Senior Leaving Certificate Examination (including Day School Certificate (Higher) General paper), 1947
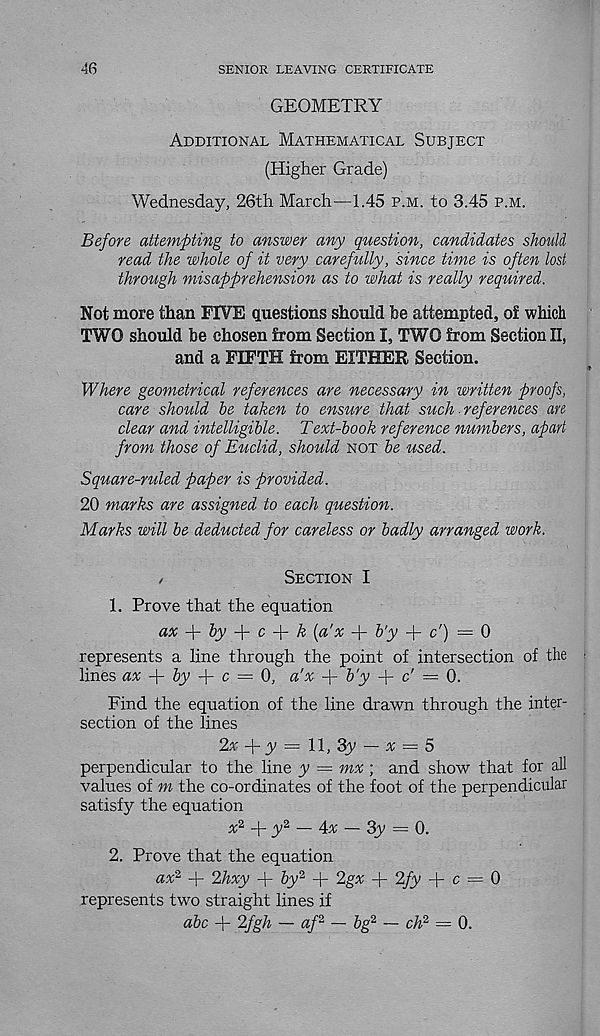
46
SENIOR LEAVING CERTIFICATE
GEOMETRY
Additional Mathematical Subject
(Higher Grade)
Wednesday, 26th March—1.45 p.m. to 3.45 p.m.
Before attempting to answer any question, candidates should
read the whole of it very carefully, since time is often lost
through misapprehension as to what is really required.
Not more than FIVE questions should be attempted, of which
TWO should be chosen from Section I, TWO from Section II,
and a FIFTH from EITHER Section.
Where geometrical references are necessary in written proofs,
care should be taken to ensure that such. references an
clear and intelligible. Text-book reference numbers, apart
from those of Euclid, should not be used.
Square-ruled paper is provided.
20 marks are assigned to each question.
Marks will be deducted for careless or badly arranged work.
,
Section I
1. Prove that the equation
ax W by W c W k (a'% + b'y + c') = 0
represents a line through the point of intersection of the
lines ax -f by
c = 0, a'x + b'y -j- c' = 0.
Find the equation of the line drawn through the inter-
section of the lines
2% W y — U, 3y — x = 5
perpendicular to the line y — mx; and show that for all
values of m the co-ordinates of the foot of the perpendicular
satisfy the equation
x 2
y 2 — Ax — 3y ~ 0.
2. Prove that the equation
ax 2 + 2hxy + by 2 + 2gx + 2fy -j- c = 0
represents two straight lines if
abc + 2fgh — af 2 — bg 2 — ch 2 — 0.